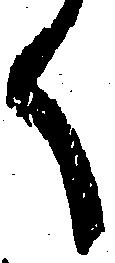
く